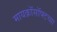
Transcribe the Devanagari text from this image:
मायक्रॉसॉफ्टच्या